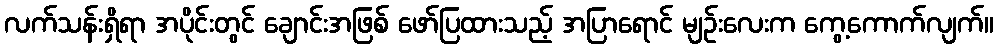
လက်သန်းရှိရာ အပိုင်းတွင် ချောင်းအဖြစ် ဖော်ပြထားသည့် အပြာရောင် မျဉ်းလေးက ကွေ့ကောက်လျက်။